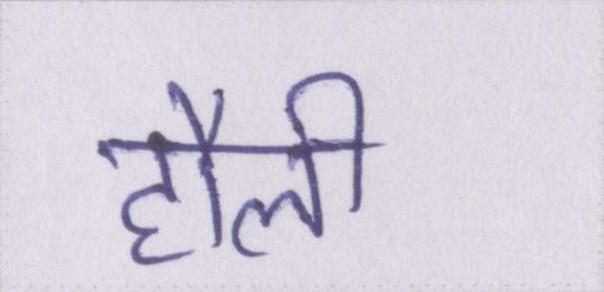
हौली